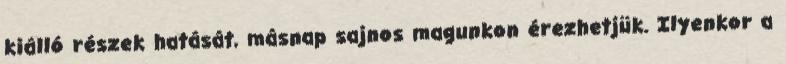
kiálló részek hatását, másnap sajnos magunkon érezhetjük. Ilyenkor a